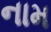
નામ